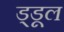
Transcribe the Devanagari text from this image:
ड्डूल